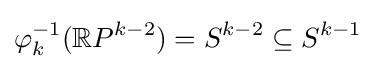
\varphi _{k}^{-1}(\mathbb {R} P^{k-2})=S^{k-2}\subseteq S^{k-1}